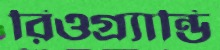
রিওগ্র্যান্ডি